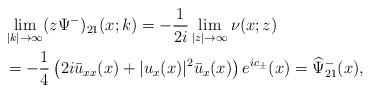
\begin{align*}\begin{aligned}&\lim _{|k| \rightarrow \infty} (z\Psi^-)_{21}(x ;k)=-\frac{1}{2i} \lim _{|z| \rightarrow \infty} \nu(x;z)\\&=-\frac{1}{4}\left(2 i \bar{u}_{xx}(x)+|u_x(x)|^{2} \bar{u}_x(x)\right) e^{ic_\pm}(x)=\widehat{\Psi}^-_{21}(x),\end{aligned}\end{align*}